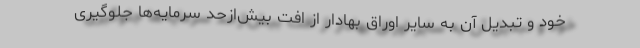
خود و تبدیل آن به سایر اوراق بهادار از افت بیش‌ازحد سرمایه‌ها جلوگیری